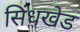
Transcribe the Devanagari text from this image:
सिंधखेड